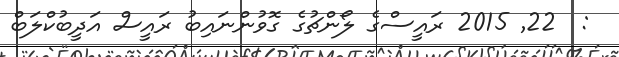
:  22